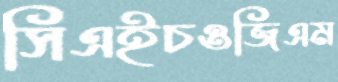
সিএইচওজিএম